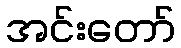
အင်းတော်